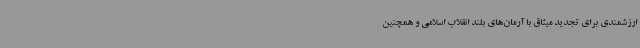
ارزشمندی برای تجدید میثاق با آرمان‌های بلند انقلاب اسلامی و همچنین